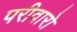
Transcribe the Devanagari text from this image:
परीवारो